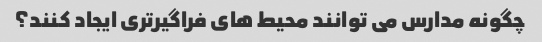
چگونه مدارس می توانند محیط های فراگیرتری ایجاد کنند؟